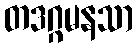
တဒဂ္ဂမနသာ